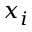
x _ { i }